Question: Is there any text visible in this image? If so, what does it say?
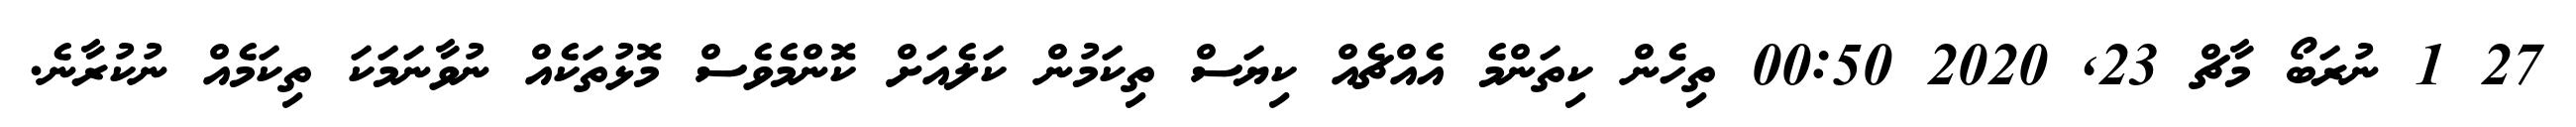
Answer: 27 1 ނުރަބޯ މާޗް 23, 2020 00:50 ތިހެން ކިތަންމެ އެއްޗެއް ކިޔަސް ތިކަމުން ކަލެއަށް ކޮންމެވެސް މޮޅުތަކެއް ނުވާނަމަކަ ތިކަމެއް ނުކުރާނެ.